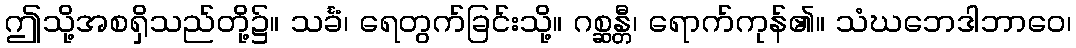
ဤသို့အစရှိသည်တို့၌။ သင်္ခံ၊ ရေတွက်ခြင်းသို့။ ဂစ္ဆန္တီ၊ ရောက်ကုန်၏။ သံဃဘေဒါဘာဝေ၊